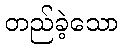
တည်ခဲ့သော